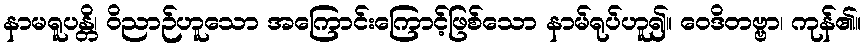
နာမရူပန္တိ၊ ဝိညာဉ်ဟူသော အကြောင်းကြောင့်ဖြစ်သော နာမ်ရုပ်ဟူ၍။ ဝေဒိတဗ္ဗာ၊ ကုန်၏။